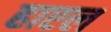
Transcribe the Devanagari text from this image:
हाएल